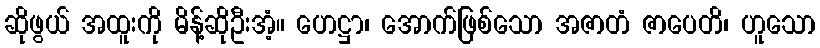
ဆိုဖွယ် အထူးကို မိန့်ဆိုဦးအံ့။ ဟေဋ္ဌာ၊ အောက်ဖြစ်သော အဇာတံ ဇာပေတိ၊ ဟူသော